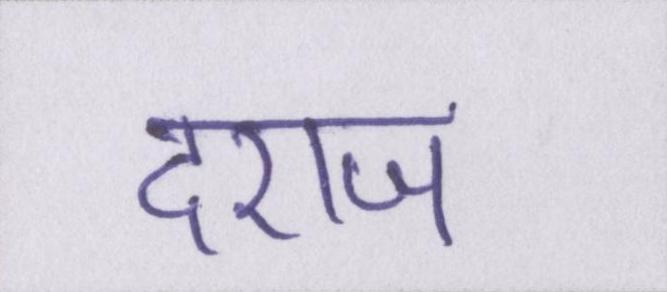
दराज